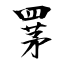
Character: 罞